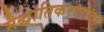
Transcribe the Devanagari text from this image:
सैद्धांतिकरणाचा